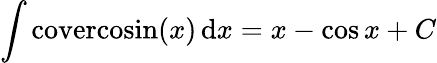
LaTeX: \int\mathrm{covercosin}(x)\, \mathrm{d}x=x-\cos{x}+C